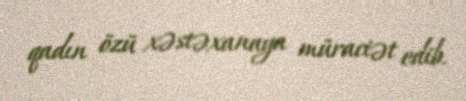
qadın özü xəstəxanaya müraciət edib.